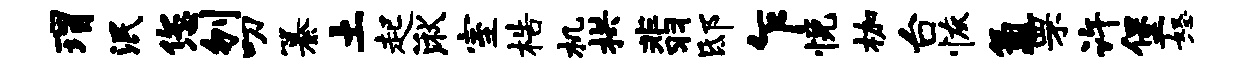
瑁泯您刎叨纂土起湫室梏机拱翡邸乍悦枷台恢氲罘许堡怒